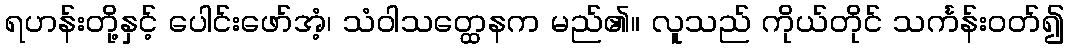
ရဟန်းတို့နှင့် ပေါင်းဖော်အံ့၊ သံဝါသတ္ထေနက မည်၏။ လူသည် ကိုယ်တိုင် သင်္ကန်းဝတ်၍